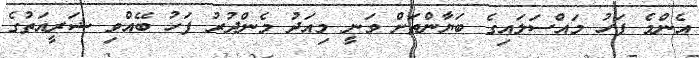
އެެންމެ ފަހު މައްސަލައިގެ ބަޔާންތަށް ވަނީ މިއަދު މެންދުރު ފަހު ބޭއްވި ޝަރީއަތުގެ